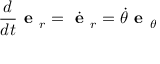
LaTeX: { \frac { d } { d t } } { \textbf { e } } _ { r } = { \dot { \textbf { e } } } _ { r } = { \dot { \theta } } { \textbf { e } } _ { \theta }